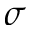
\sigma